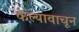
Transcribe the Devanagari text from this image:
केल्यावाचून